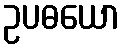
ဥပဓယော